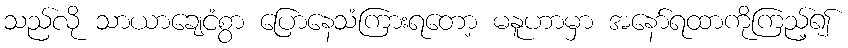
သည်လို သာယာချေငံစွာ ပြောနေသံကြားရတော့ မနူဟာမှာ အနော်ရထာကိုကြည့်၍